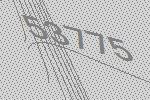
53775